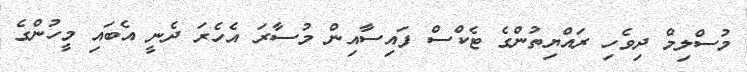
މުސްލިމް ދިވެހި ރައްޔިތުންގެ ޓެކްސް ފައިސާއިން މުސާރަ އެހެރަ ދެނީ އެބައި މީހުންގެ